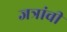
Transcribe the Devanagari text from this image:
जत्रांची